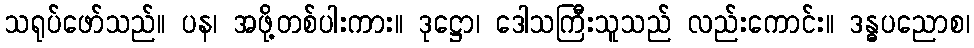
သရုပ်ဖော်သည်။ ပန၊ အဖို့တစ်ပါးကား။ ဒုဋ္ဌော၊ ဒေါသကြီးသူသည် လည်းကောင်း။ ဒန္ဓပညောစ၊